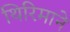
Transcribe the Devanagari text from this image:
थिरिमाने